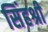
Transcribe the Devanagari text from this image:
सिंहश्री